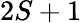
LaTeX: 2S+1